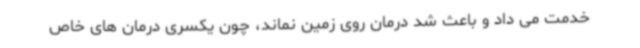
خدمت می داد و باعث شد درمان روی زمین نماند، چون یکسری درمان های خاص